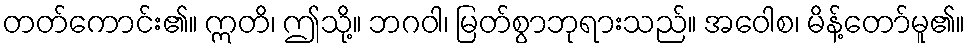
တတ်ကောင်း၏။ ဣတိ၊ ဤသို့။ ဘဂဝါ၊ မြတ်စွာဘုရားသည်။ အဝေါစ၊ မိန့်တော်မူ၏။